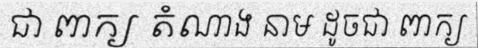
ជា ពាក្យ តំណាង នាម ដូចជា ពាក្យ